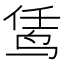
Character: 𬸊